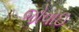
જોવાઇ